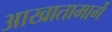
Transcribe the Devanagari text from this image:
आखातामार्गे